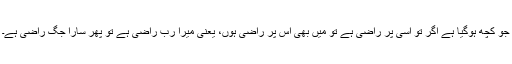
جو کچھ ہوگیا ہے اگر تو اسی پر راضی ہے تو میں بھی اس پر راضی ہوں، یعنی میرا رب راضی ہے تو پھر سارا جگ راضی ہے۔